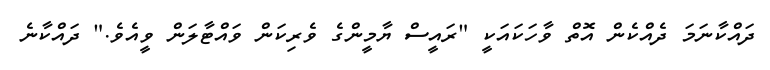
ދައްކާނަމަ ދެއްކެން އޮތް ވާހަކައަކީ "ރައީސް ޔާމީންގެ ވެރިކަން ވައްޓާލަން ވީއެވެ." ދައްކާނެ